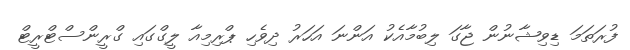
ފުރަތަމަ ޑިވިޝާނުން ޖާގަ ލިބުމާއެކު އަންނަ އަހަރު ދިވެހި ޕްރިމިއާ ލީގްގައި ގްރީންސްޓްރީޓް